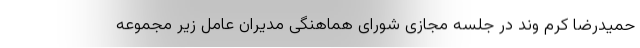
حمیدرضا کرم وند در جلسه مجازی شورای هماهنگی مدیران عامل زیر مجموعه